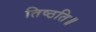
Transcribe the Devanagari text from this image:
तिष्ठति॥